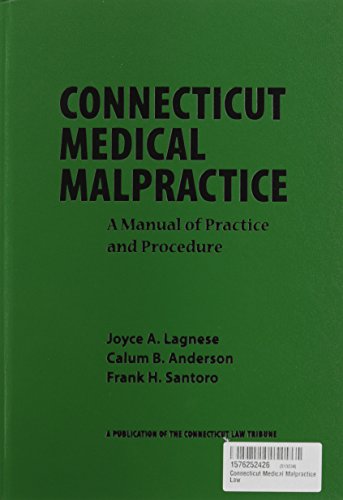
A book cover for Connecticut Medical Malpractice Law; Joyce Lagnese; Law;